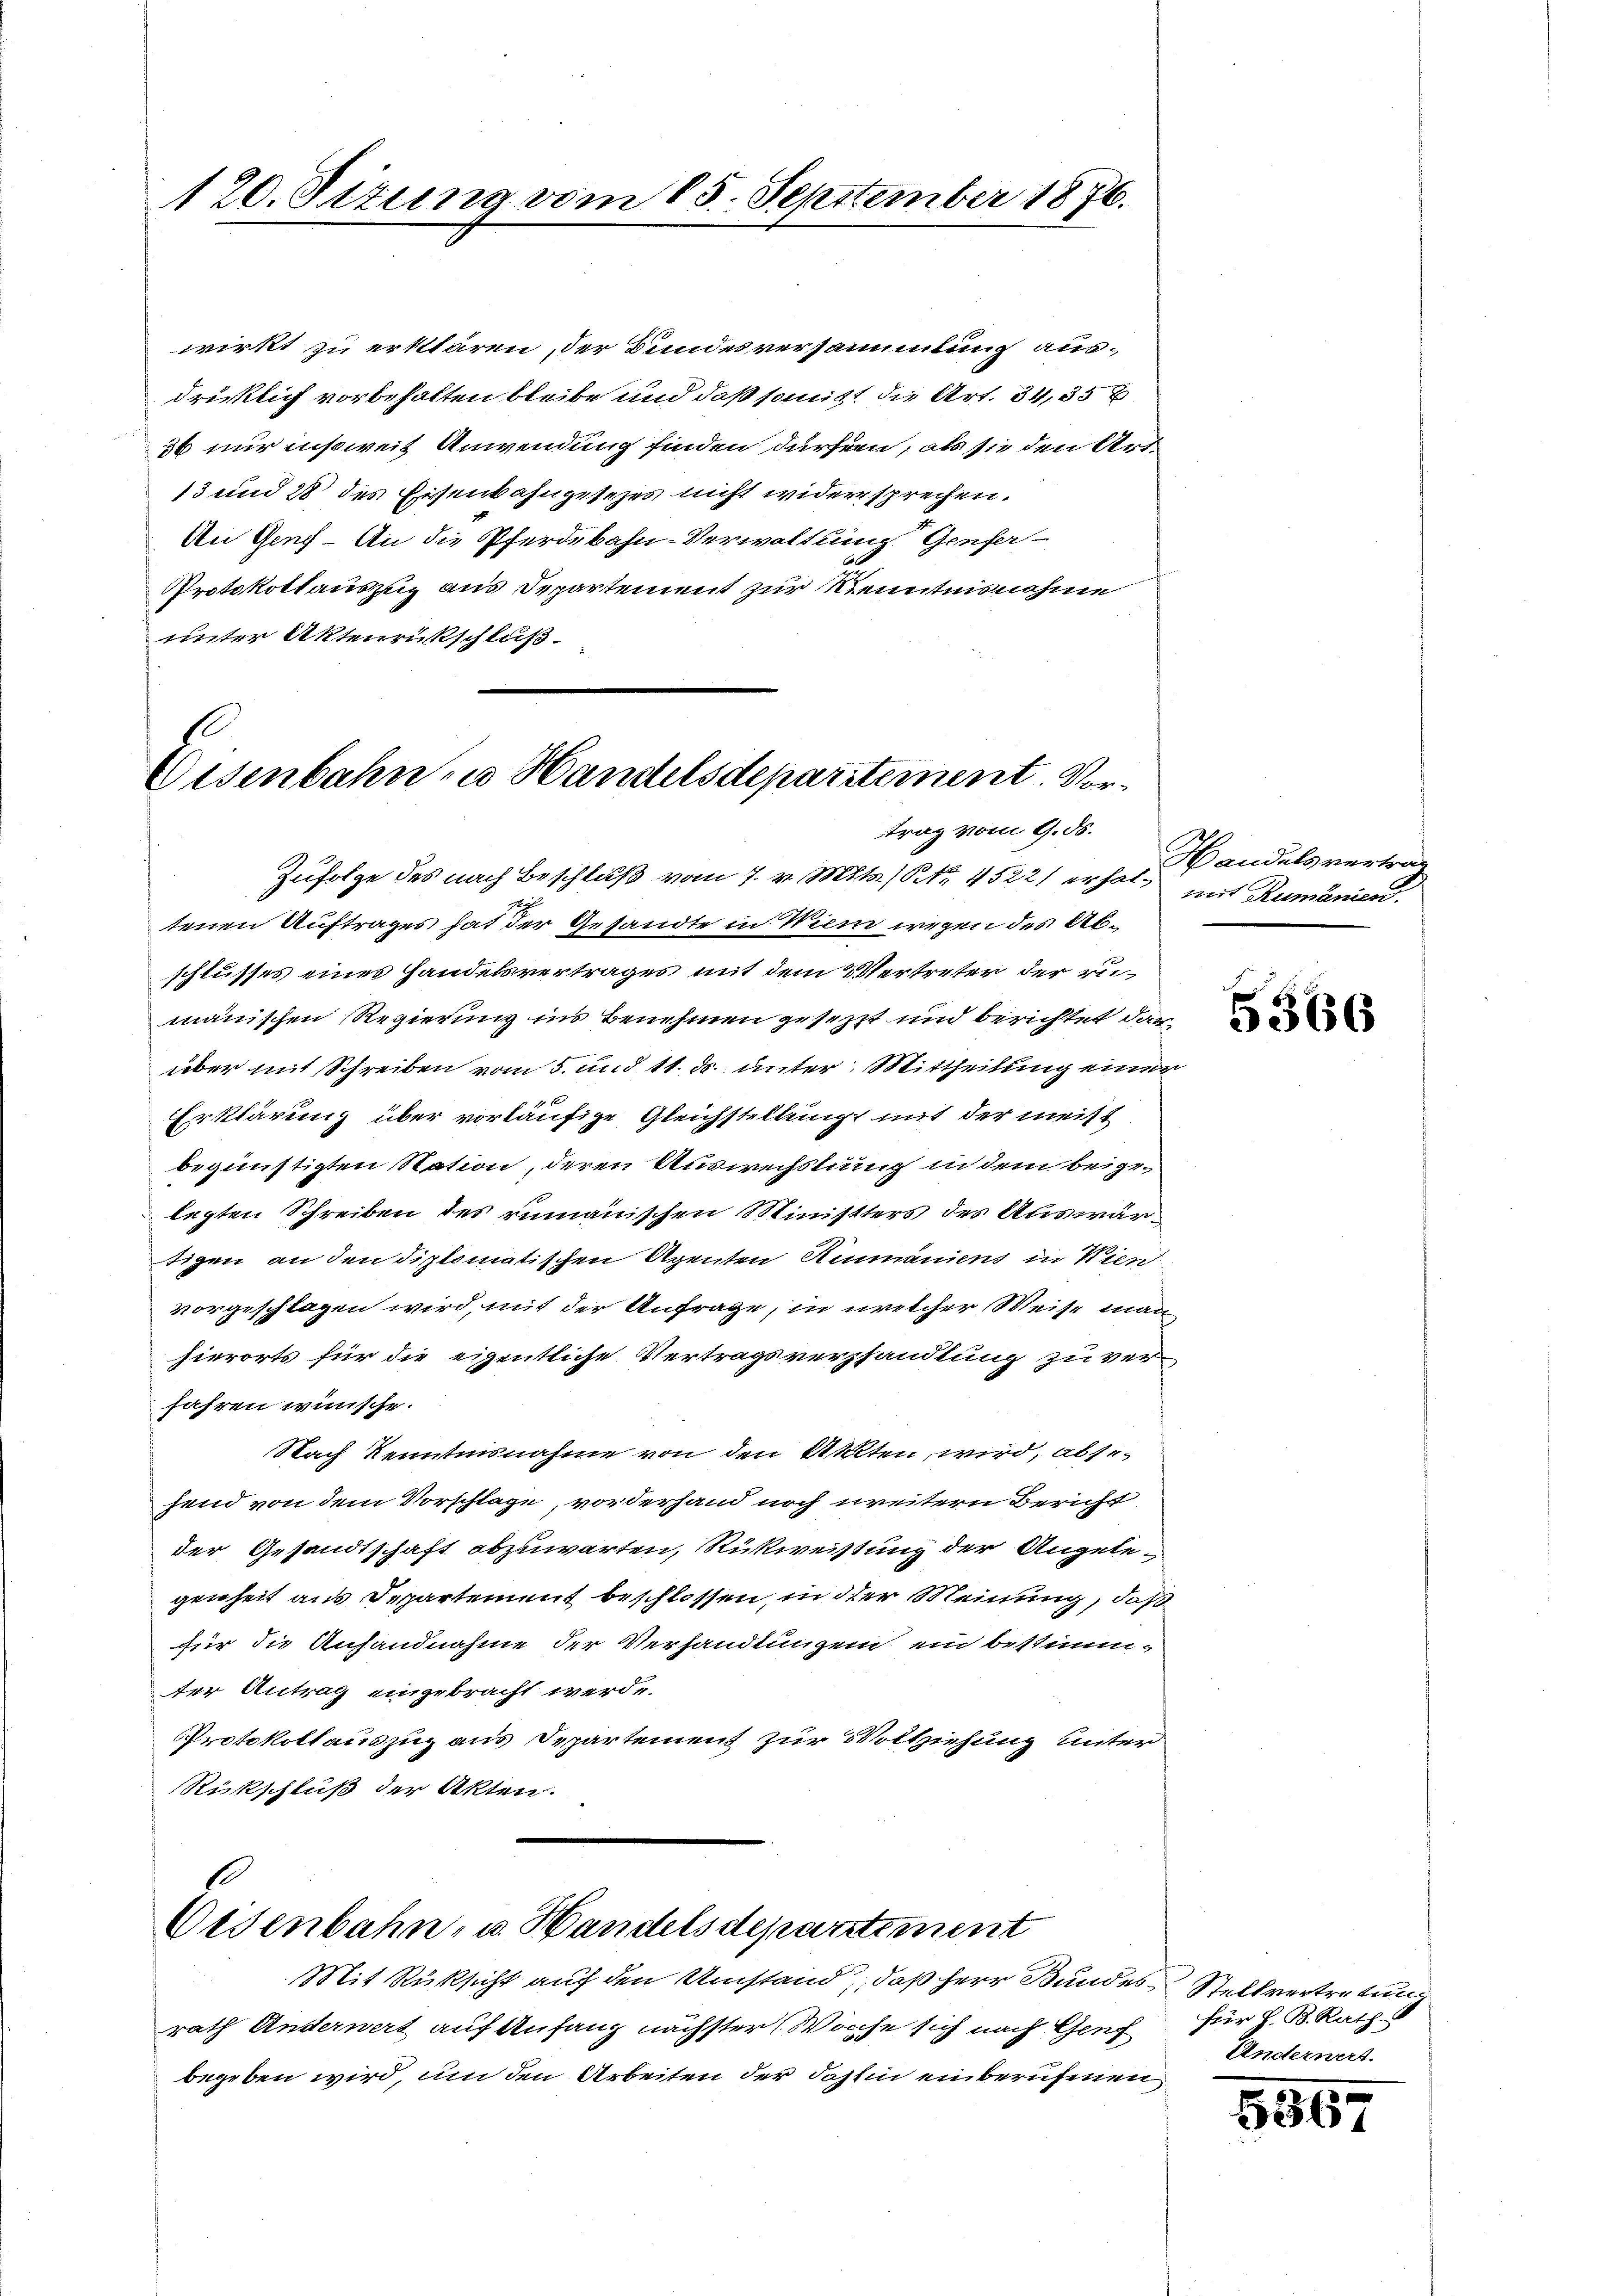
120. Situng vom 15. September 1876.

wirkt zu erklären, der Bundesversammlung ausdrücklich vorbehalten bleibe und daß somitt die Art. 34, 35 x
36 nur insoweit Anwendung finden dürfen, als sie den Art.
13 und 28 des Eisenbahngesezes nicht widersprechen.
An Gens - An die Pferdebahn-Verwaltung. Genfer
Protokollauszug aus Departement zur Kenntnisnahme
unter Aktenrückschluß.

E
Eisenbahn zu Handelsdeparitement. Vortrag vom 9. ds.

Zufolge des nach Beschluß vom 7. v. Mts. / NNo. 4522) erhalt mit Rumänien.
tenen Auftrages hat der Gesandte in Wien wegen des Abschlusses eines Handelsvertrages mit dem Vertreter der reimänischen Regierung ins Benehmen gesetzt und berichtet darüber mit Schreiben vom 5. und 11. ds. unter Mittheilung einer
Erklärung über vorläufige Gleichstellung mit der meist
begünstigten Station, deren Auswechslung in dem beigelegten Schreiben des rumänischen Ministters des Auswärtigen an den diplomatischen Agenten Ammaniens in Wien
vorgeschlagen wird, mit der Anfrage, in welcher Weise man
hierorts für die eigentliche Vertragsverhandlung zuverfahren wünsche.
Nach Kenntnisnahme von den Alten, wird, absefend von dem Vorschläge, vorderhand noch weitern Bericht
der Gesandtschaft abzuwarten, Rückweistung der Angelegenheit aus Departement beschlossen, in der Meinung, daß
für die Anhandnahme der Verhandlungen ein bestimm-
ter Antrag eingebracht werde.
Protokollauszug aus Departement zur Vollziehung unter
Rückschluß der Akten.

1
Osenbahn- u. Handelsdepartement

Mit Rüksicht auf den Umstand, daß Herr Bundes Stellvertretung
rath Anderwert auf Anfang nächster Woche sich nach Genf für H. B. Raths
begeben wird, um den Arbeiten der dahin einberufenen

Handelsvertrag

5366

Anderwert.

556.